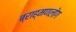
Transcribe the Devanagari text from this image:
ब्राह्मणलोग